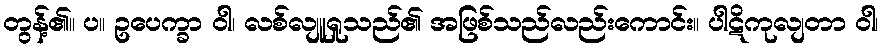
တွန့်၏။ ပ။ ဥပေက္ခာ ဝါ၊ လစ်လျူရှုသည်၏ အဖြစ်သည်လည်းကောင်း။ ပါဋိကုလျတာ ဝါ၊